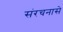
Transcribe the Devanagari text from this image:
संरचनासे